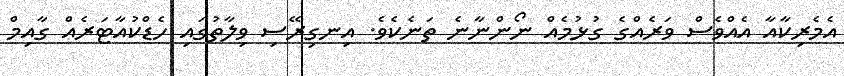
އެމެރިކާއާ އެއްވެސް ވަރެއްގެ ގުޅުމެއް ނޯންނާނެ ތަނެކެވެ. އިނގިރޭސި ވިލާތުގައި ހެޑްކުއާޓަރެއް ގާއިމް